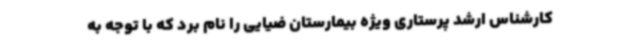
کارشناس ارشد پرستاری ویژه بیمارستان ضیایی را نام برد که با توجه به